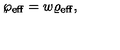
\wp _ { \mathrm { e f f } } = w \varrho _ { \mathrm { e f f } } ,